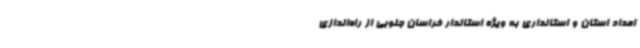
امداد استان و استانداری به ویژه استاندار خراسان جنوبی از راه‌اندازی